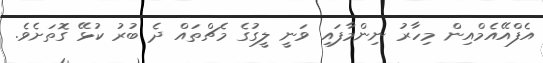
އެފްއޭއެމްއިން މިހާރު ނިންމާފައި ވަނީ ލީގުގެ މެޗްތައް ދެ ބުރު ކުޅޭ ގޮތަށެވެ.